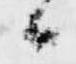
候